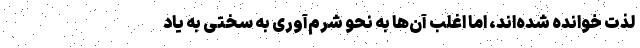
لذت خوانده شده‌اند، اما اغلب آن‌ها به نحو شرم‌آوری به سختی به یاد